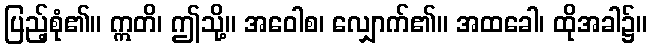
ပြည့်စုံ၏။ ဣတိ၊ ဤသို့။ အဝေါစ၊ လျှောက်၏။ အထခေါ၊ ထိုအခါ၌။